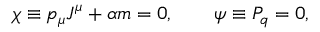
\chi \equiv p _ { \mu } J ^ { \mu } + \alpha m = 0 , \qquad \psi \equiv P _ { q } = 0 ,